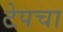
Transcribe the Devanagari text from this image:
टेपचा